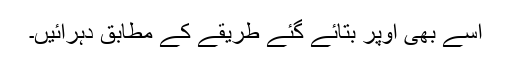
اسے بھی اوپر بتائے گئے طریقے کے مطابق دہرائیں۔